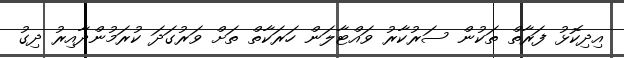
އިދިކޮޅު ފަރާތް ތަކުން ސަރުކާރު ވައްޓާލަން ހަރަކާތް ތަށް ވަރުގަދަ ކުރަމުންދާއިރު ދިގު